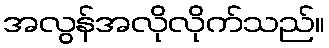
အလွန်အလိုလိုက်သည်။